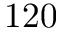
1 2 0